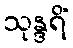
သုန္ဒရိံ